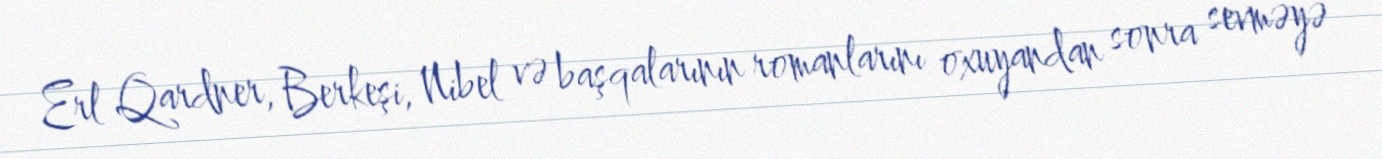
Erl Qardner, Berkeşi, Nibel və başqalarının romanlarını oxuyandan sonra sevməyə